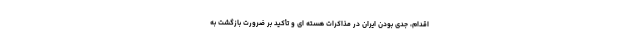
اقدام، جدی بودن ایران در مذاکرات هسته ای و تأکید بر ضرورت بازگشت به